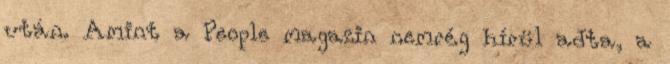
után. Amint a People magazin nemrég hírül adta, a